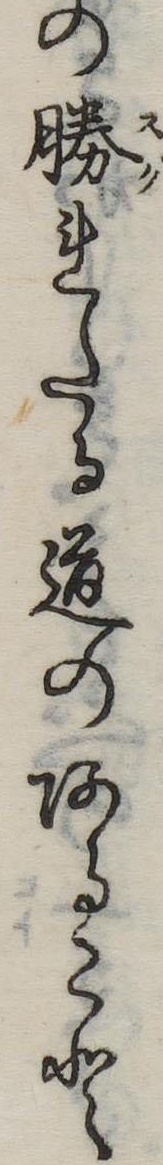
の勝れたる道のあること